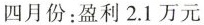
四月份：盈利2.1万元